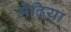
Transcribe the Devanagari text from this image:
मेंढिया